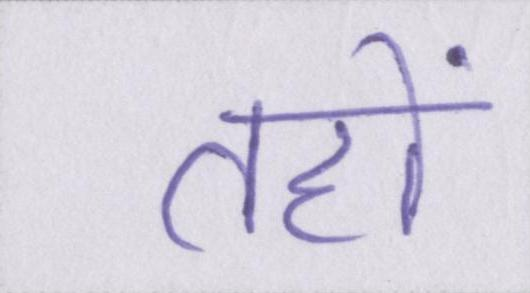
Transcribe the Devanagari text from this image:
तहों